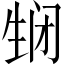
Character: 𬎵